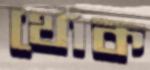
থোক